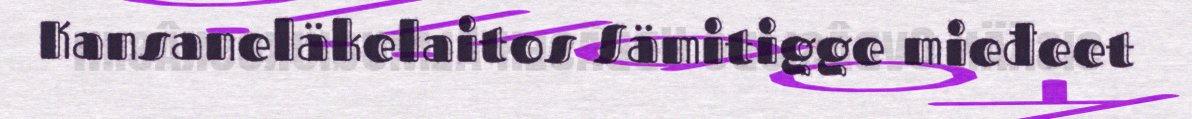
Kansaneläkelaitos Sämitigge mieđeet